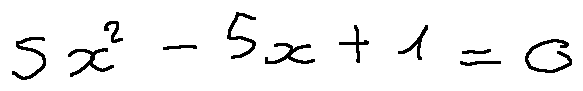
5 x ^ { 2 } - 5 x + 1 = 0